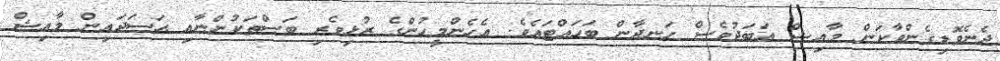
ދެނެވޮޑިގެންވާކަން މާއިޝް އަބަދުވެސް ހަނދާން ބަހައްޓައެވެ. އެހެންމީހުންގެ ރުޅިވެރި ބަސްތަކުންނާއި ޙަސަދައިން މާއިޝް